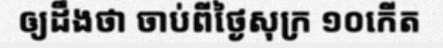
ឲ្យដឹងថា ចាប់ពីថ្ងៃសុក្រ ១០កើត